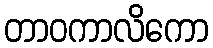
တာဝကာလိကော